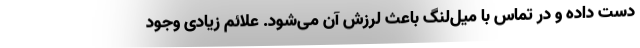
دست داده و در تماس با میل‌لنگ باعث لرزش آن می‌شود. علائم زیادی وجود